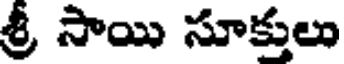
శ్రీ సాయి సూక్తులు